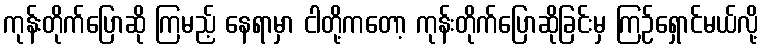
ကုန်းတိုက်ပြောဆို ကြမည့် နေရာမှာ ငါတို့ကတော့ ကုန်းတိုက်ပြောဆိုခြင်းမှ ကြဉ်ရှောင်မယ်လို့